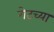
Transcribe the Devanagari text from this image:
गेटच्या